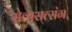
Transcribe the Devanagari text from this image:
सेवासत्संग